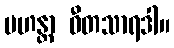
မဟန္တာ ဝီတသာရဒါ။